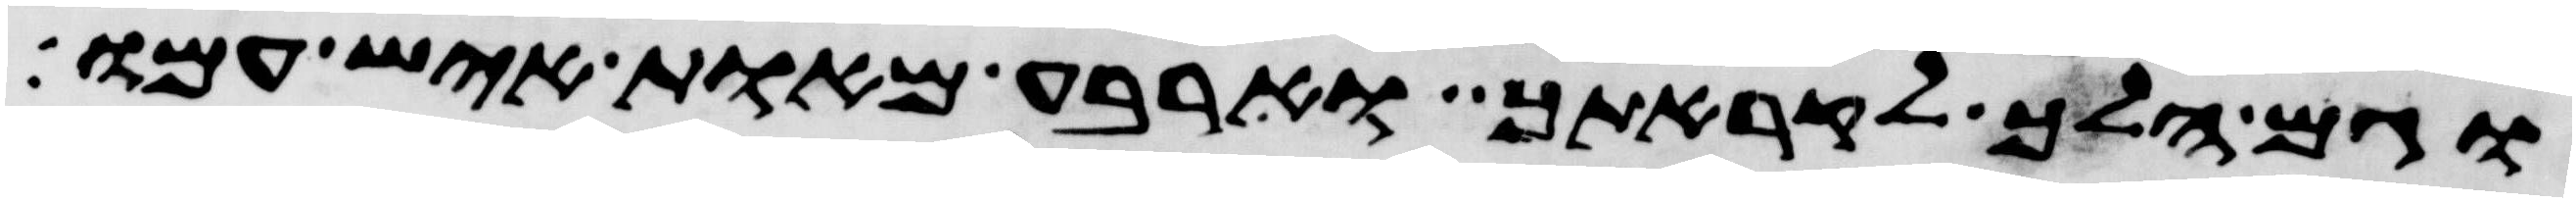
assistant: וגם הלך לקראתך וארבע מאות איש עמו